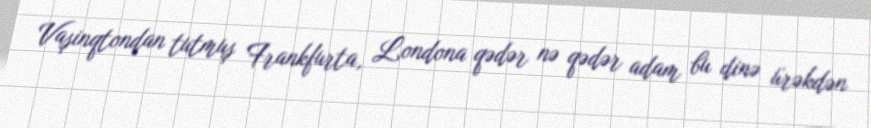
Vaşinqtondan tutmuş Frankfurta, Londona qədər nə qədər adam bu dinə ürəkdən